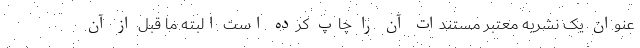
عنوان یک نشریه معتبر مستندات آن را چاپ کرده است البته ما قبل از آن